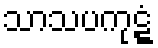
သာသပကုဋ္ဋံ